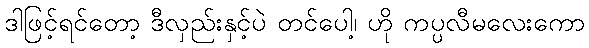
ဒါဖြင့်ရင်တော့ ဒီလှည်းနှင့်ပဲ တင်ပေါ့၊ ဟို ကပ္ပလီမလေးကော